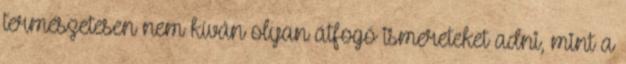
természetesen nem kíván olyan átfogó ismereteket adni, mint a